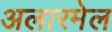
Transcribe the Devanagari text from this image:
अलारमेल